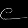
Digit: ၉